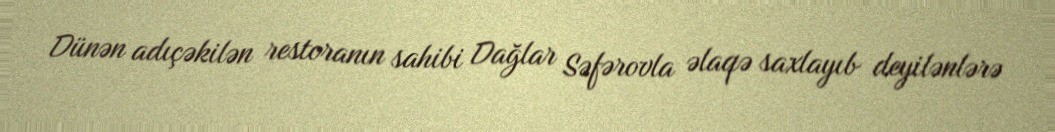
Dünən adıçəkilən restoranın sahibi Dağlar Səfərovla əlaqə saxlayıb deyilənlərə